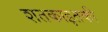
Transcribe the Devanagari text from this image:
शतकाइतकी